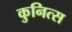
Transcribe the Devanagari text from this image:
कुनित्स